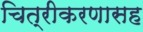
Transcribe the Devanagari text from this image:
चित्रीकरणासह